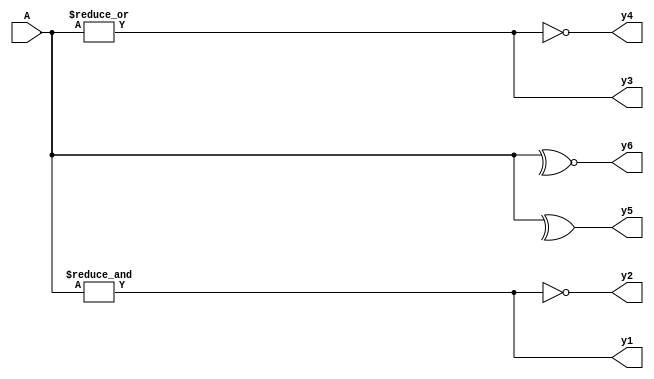
// Code your design here
module Reduction(
  input [3:0] A,
  output reg y1, y2, y3, y4, y5, y6
);

always@* begin 
  y1 = &A;
  y2 = ~&A;
  y3 = |A;
  y4 = ~|A;
  y5 = ^A;
  y6 = ~^A;
  
end

endmodule